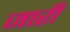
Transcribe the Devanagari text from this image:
जारीं